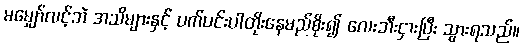
မမျှော်လင့်ဘဲ အသိများနှင့် ပက်ပင်းပါတိုးနေမည်စိုး၍ လေးဘီးငှားပြီး သွားရသည်။